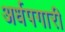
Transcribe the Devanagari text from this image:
अर्धपगारी